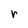
Character: r